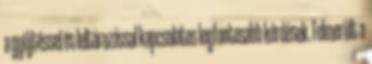
a gyűjtéssel és leltározással kapcsolatos legfontosabb kérdések. Felmerült a